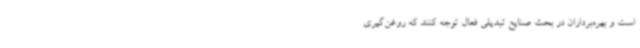
است و بهره‌برداران در بحث صنایع تبدیلی فعال توجه کنند که روغن‌گیری